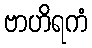
ဗာဟိရကံ